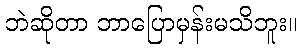
ဘဲဆိုတာ ဘာပြောမှန်းမသိဘူး။